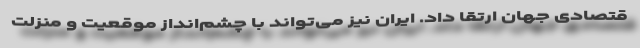
قتصادی جهان ارتقا داد. ایران نیز می‌تواند با چشم‌انداز موقعیت و منزلت